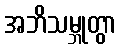
အဘိသမ္ဘုတွာ